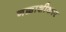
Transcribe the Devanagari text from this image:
नक्काशीकार